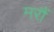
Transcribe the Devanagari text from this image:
मरौं